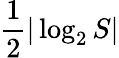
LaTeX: {\frac{1}{2}}\vert\log_{2}S\vert